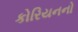
કોરિયનનો